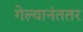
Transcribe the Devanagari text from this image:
गेल्यानंततर